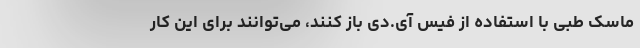
ماسک طبی با استفاده از فیس آی.دی باز کنند، می‌توانند برای این کار